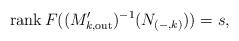
LaTeX: \begin{align*}\operatorname{rank}{F((M_{k,\mathrm{out}}')^{-1}(N_{(-,k)}))} = s,\end{align*}